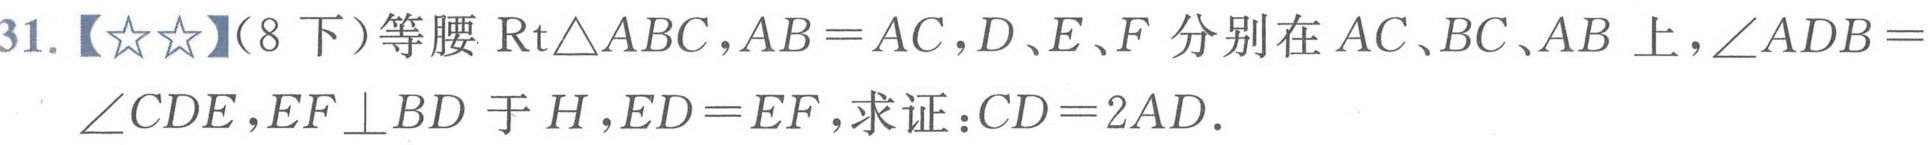
31.【★★】（8下）等腰\(\text{Rt}\triangle ABC\)，\(AB = AC\)，\(D、E、F\)分别在\(AC、BC、AB\)上，\(\angle ADB =\)
\(\angle CDE\)，\(EF\perp BD\)于\(H\)，\(ED = EF\)，求证：\(CD = 2AD\).